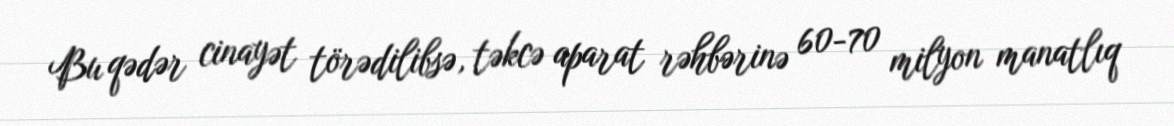
Bu qədər cinayət törədilibsə, təkcə aparat rəhbərinə 60-70 milyon manatlıq